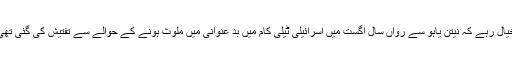
خیال رہے کہ نیتن یاہو سے رواں سال اگست میں اسرائیلی ٹیلی کام میں بد عنوانی میں ملوث ہونے کے حوالے سے تفتیش کی گئی تھی۔